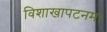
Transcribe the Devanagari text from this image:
विशाखापटनम।